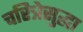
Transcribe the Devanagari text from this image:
चरित्रेसुद्धा